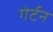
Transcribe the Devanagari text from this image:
गेर्टन